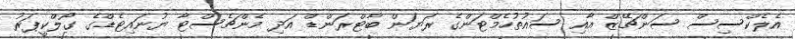
އެލެކްސިސް ސަންޗޭޒް އާއި ސައުތުހެމްޓަންގެ ރަޔަން ބާޓްރަންޑް އަދި މެންޗެސްޓާ ޔުނައިޓެޑްގެ ގޯލްކީޕަރު